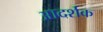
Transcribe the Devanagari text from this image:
आदर्शक